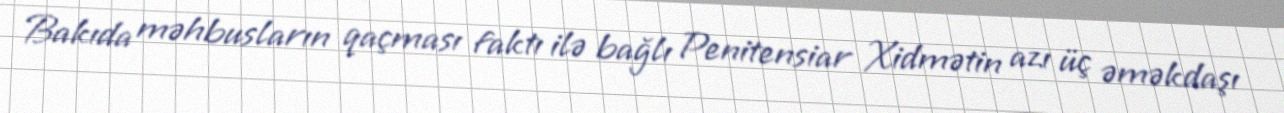
Bakıda məhbusların qaçması faktı ilə bağlı Penitensiar Xidmətin azı üç əməkdaşı